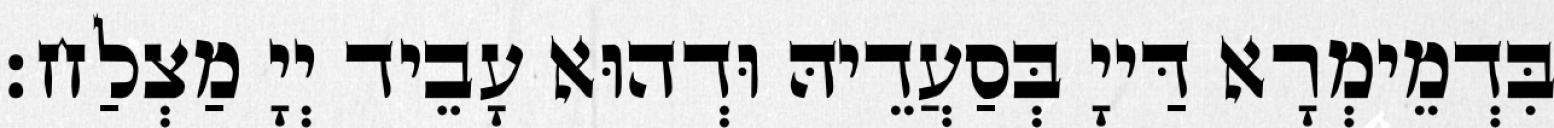
בִּדְמֵימְרָא דַּייָ בְּסַעֲדֵיהּ וּדְהוּא עָבֵיד יְיָ מַצְלַח׃